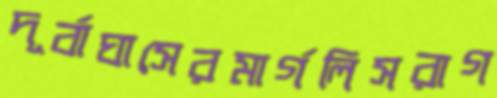
দূর্বাঘাসেরমার্গলিসরাগ